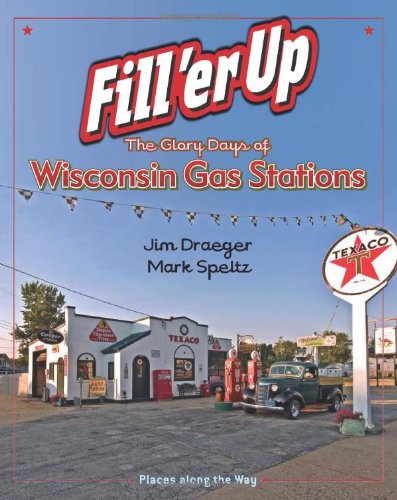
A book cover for Fill 'er Up: The Glory Days of Wisconsin Gas Stations (Places Along the Way); Jim Draeger; Travel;